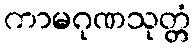
ကာမဂုဏသုတ္တံ